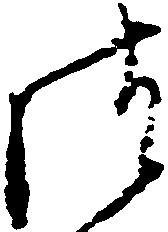
御